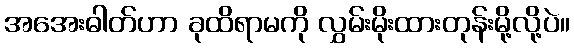
အအေးဓါတ်ဟာ ခုထိရာမကို လွှမ်းမိုးထားတုန်းမို့လို့ပဲ။